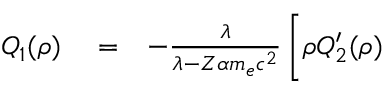
\begin{array} { r l r } { Q _ { 1 } ( \rho ) } & { { } = } & { - \frac { \lambda } { \lambda - Z \alpha m _ { e } c ^ { 2 } } \, \Bigg [ \rho Q _ { 2 } ^ { \prime } ( \rho ) } \end{array}